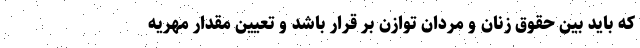
که باید بین حقوق زنان و مردان توازن بر قرار باشد و تعیین مقدار مهریه